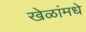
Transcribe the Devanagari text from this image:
खेळांमधे